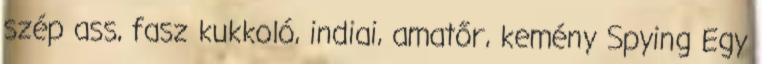
szép ass, fasz kukkoló, indiai, amatőr, kemény Spying Egy